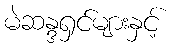
မဲဆန္ဒရှင်များနှင့်